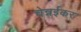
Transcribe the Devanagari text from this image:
चेन्नईकर